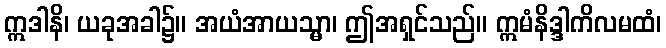
ဣဒါနိ၊ ယခုအခါ၌။ အယံအာယသ္မာ၊ ဤအရှင်သည်။ ဣမံနိဒ္ဒါကိလမထံ၊